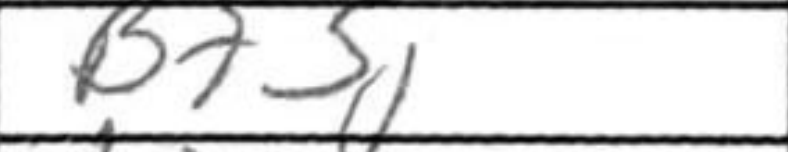
Transcription: Bf5